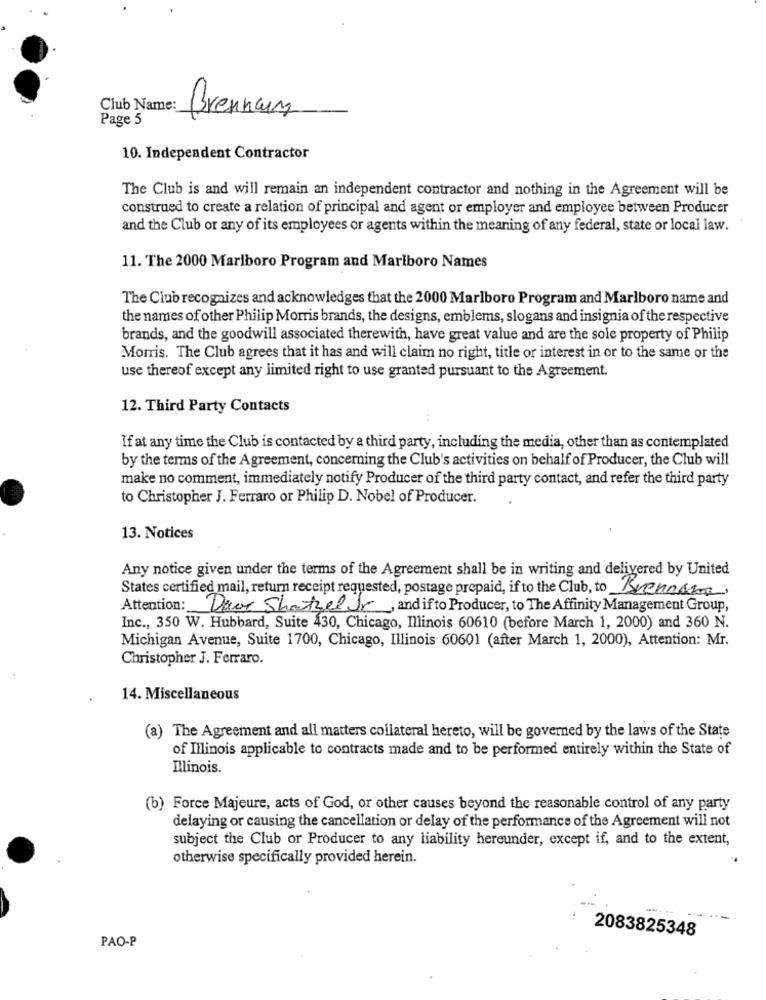
Club Name:
Brennaum
Page 5
10. Independent Contractor
The Club is and will remain an independent contractor and nothing in the Agreement will be
construed to create a relation of principal and agent or employer and employee between Producer
and the Club or any of its employees or agents within the meaning of any federal, state or local law.
11. The 2000 Marlboro Program and Marlboro Names
The Club recognizes and acknowledges that the 2000 Marlboro Program and Marlboro name and
the names of other Philip Morris brands, the designs, emblems, slogans and insignia of the respective
brands, and the goodwill associated therewith, have great value and are the sole property of Philip
Morris. The Club agrees that it has and will claim no right, title or interest in or to the same or the
use thereof except any limited right to use granted pursuant to the Agreement.
12. Third Party Contacts
If at any time the Club is contacted by a third party, including the media, other than as contemplated
by the terms of the Agreement, concerning the Club's activities on behalf of Producer, the Club will
make no comment, immediately notify Producer of the third party contact, and refer the third party
to Christopher J. Ferraro or Philip D. Nobel of Producer.
13. Notices
Any notice given under the terms of the Agreement shall be in writing and delivered by United
States certified mail, return receipt requested, postage prepaid, if to the Club, to Brennane
Attention: Dave ShotzelJr, and if to Producer, to The Affinity Management Group,
Inc ., 350 W. Hubbard, Suite 430, Chicago, Illinois 60610 (before March 1, 2000) and 360 N.
Michigan Avenue, Suite 1700, Chicago, Illinois 60601 (after March 1, 2000), Attention: Mr.
Christopher J. Ferraro.
14. Miscellaneous
(a) The Agreement and all matters collateral hereto, will be governed by the laws of the State
of Illinois applicable to contracts made and to be performed entirely within the State of
Illinois.
(b) Force Majeure, acts of God, or other causes beyond the reasonable control of any party
delaying or causing the cancellation or delay of the performance of the Agreement will not
subject the Club or Producer to any liability hereunder, except if, and to the extent,
otherwise specifically provided herein.
-- -
2083825348
PAO-P